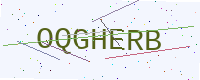
Text: OQGHERB